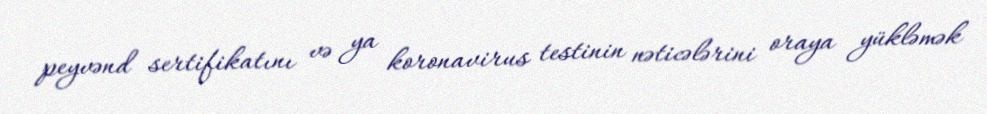
peyvənd sertifikatını və ya koronavirus testinin nəticələrini oraya yükləmək